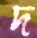
দ